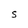
Character: S